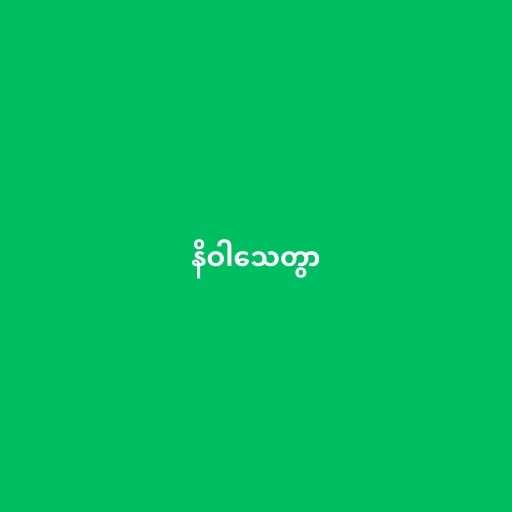
နိဝါသေတွာ